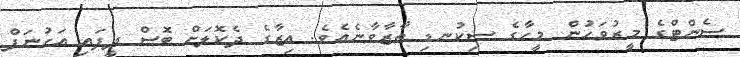
ސެންޓްގެ މީރުވަހުން މީހާގެ ސިކުނޑި ތާޒާވާނެއެވެ. އިޒާގެ ދެކޮލަށް ބޮސް ދީފައި އަހުނަފް